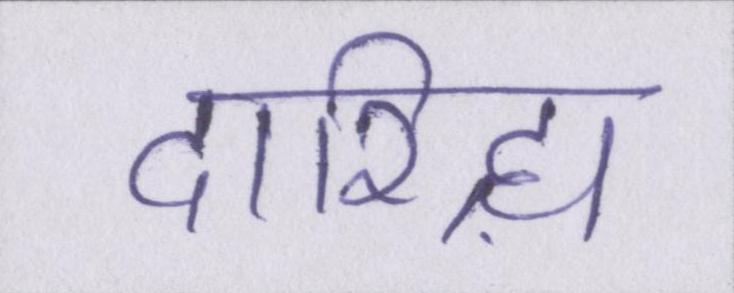
दारिद्र्य